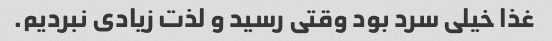
غذا خیلی سرد بود وقتی رسید و لذت زیادی نبردیم.